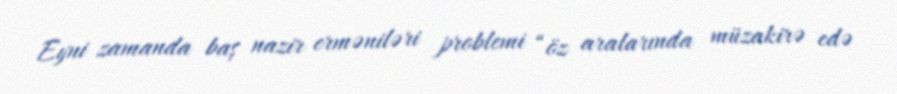
Eyni zamanda baş nazir erməniləri problemi “öz aralarında müzakirə edə